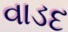
વાડદ